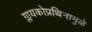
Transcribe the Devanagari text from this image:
ग्लायकोप्रथिनामुळे